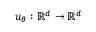
u _ { \theta } : \mathbb { R } ^ { d } \rightarrow \mathbb { R } ^ { d }